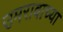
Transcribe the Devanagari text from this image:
उमरावाच्या